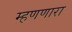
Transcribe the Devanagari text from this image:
म्हणणारा